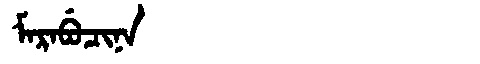
Manchu: ᠮᠠᡵᠠᠪᡠᠴᡳᠨᠠ
Romanization: MARABUCINA